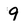
Character: 9